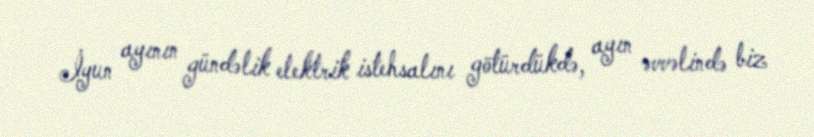
İyun ayının gündəlik elektrik istehsalını götürdükdə, ayın əvvəlində biz